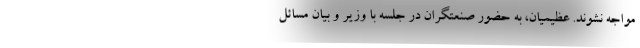
مواجه نشوند. عظیمیان، به حضور صنعتگران در جلسه با وزیر و بیان مسائل